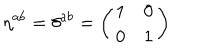
\eta ^ { a b } = \delta ^ { a b } = \left( \begin{array} { c c } { { 1 } } & { { 0 } } \\ { { 0 } } & { { 1 } } \\ \end{array} \right)